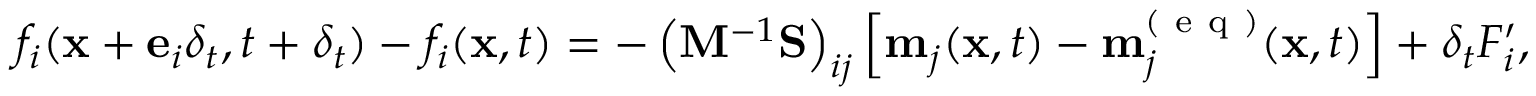
f _ { i } ( \mathbf { x } + \mathbf { e } _ { i } \delta _ { t } , t + \delta _ { t } ) - f _ { i } ( \mathbf { x } , t ) = - \left( \mathbf { M } ^ { - 1 } \mathbf { S } \right) _ { i j } \left[ \mathbf { m } _ { j } ( \mathbf { x } , t ) - \mathbf { m } _ { j } ^ { ( \mathrm { ~ e ~ q ~ } ) } ( \mathbf { x } , t ) \right] + \delta _ { t } F _ { i } ^ { \prime } ,